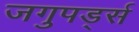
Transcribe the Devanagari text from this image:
जगुपर्ड्स